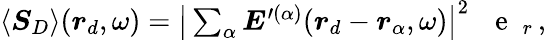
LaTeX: \begin{array}{r}{\langle\boldsymbol{S}_{D}\rangle(\boldsymbol{r}_{d},\omega)=\big|\sum_{\alpha}\boldsymbol{E}^{\prime(\alpha)}(\boldsymbol{r}_{d}-\boldsymbol{r}_{\alpha},\omega)\big|^{2}\, \mathrm{~\textbf~{~e~}~}_{r}\, ,}\end{array}